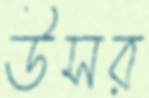
উসর